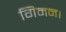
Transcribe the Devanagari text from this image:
गिमन।